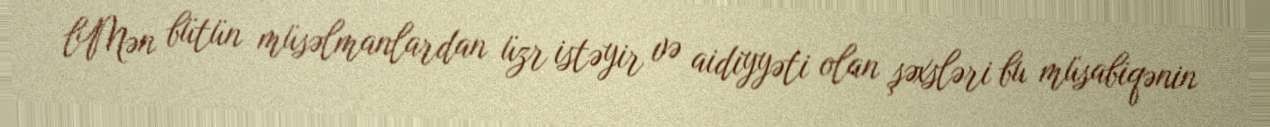
lMən bütün müsəlmanlardan üzr istəyir və aidiyyəti olan şəxsləri bu müsabiqənin